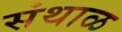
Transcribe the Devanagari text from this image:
संथाळ